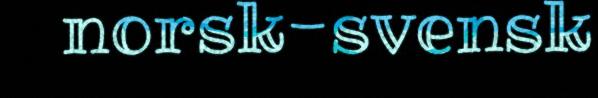
norsk-svensk